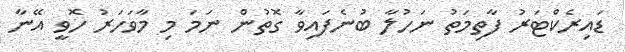
ޑައިރެކްޓަރު ފާތިމަތު ނަހުލާ ބުނެފައިވާ ގޮތުން ނަމަ މި މާވަހަރު ހޮވީ އޭނާ